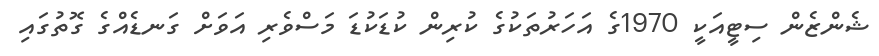
ޝެންޒެން ސިޓީއަކީ 1970ގެ އަހަރުތަކުގެ ކުރިން ކުޑަކުޑަ މަސްވެރި އަވަށް ގަނޑެއްގެ ގޮތުގައި